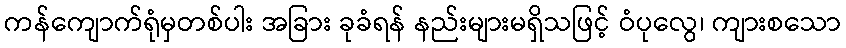
ကန်ကျောက်ရုံမှတစ်ပါး အခြား ခုခံရန် နည်းများမရှိသဖြင့် ဝံပုလွေ၊ ကျားစသော